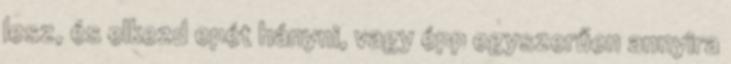
lesz, és elkezd epét hányni, vagy épp egyszerűen annyira